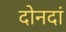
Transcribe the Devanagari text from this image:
दोनदां